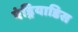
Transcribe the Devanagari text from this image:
एंड्रियाडिस